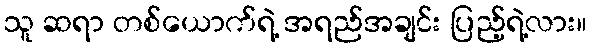
သူ ဆရာ တစ်ယောက်ရဲ့ အရည်အချင်း ပြည့်ရဲ့လား။